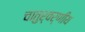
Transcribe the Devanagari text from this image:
चातुर्वर्णीय